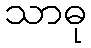
သာဓု